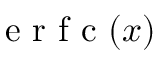
\textrm { e r f c } ( x )